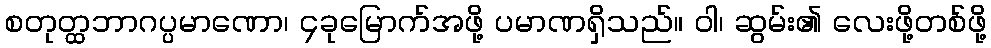
စတုတ္ထဘာဂပ္ပမာဏော၊ ၄ခုမြောက်အဖို့ ပမာဏရှိသည်။ ဝါ၊ ဆွမ်း၏ လေးဖို့တစ်ဖို့